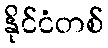
နိုင်ငံတစ်